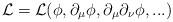
LaTeX: \begin{align*}\cal L =\cal L ( \phi, \partial_ \mu \phi, \partial_\mu \partial_\nu \phi, ...)\end{align*}